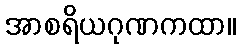
အာစရိယဂုဏကထာ။